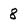
Character: 8